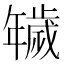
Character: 𢆫